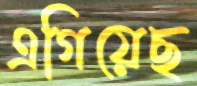
এগিয়েছ